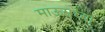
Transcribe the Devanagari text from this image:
माऊसच्या